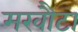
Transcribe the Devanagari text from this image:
मखौटा